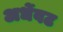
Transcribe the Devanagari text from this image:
अर्धेवट